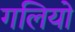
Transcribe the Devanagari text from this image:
गलियो